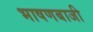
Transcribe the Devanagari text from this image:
भाषणबाजी